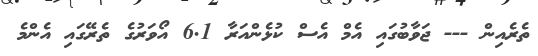
ތެރެއިން --- ޖަވާބުގައި އެމް އެސް ކުޅެންއަރާ 6.1 އޯވަރުގެ ތެރޭގައި އެންމެ